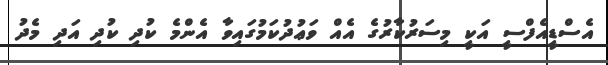
އެސްޑީއެފްސީ އަކީ މިސަރުކާރުގެ އެއް ވަޢުދުކަމުގައިވާ އެންމެ ކުދި ކުދި އަދި މެދު